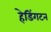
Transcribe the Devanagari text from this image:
हेडिंगटन